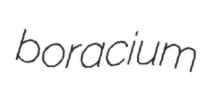
boracium